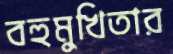
বহুমুখিতার